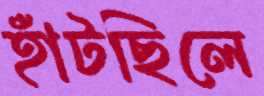
হাঁটছিলে